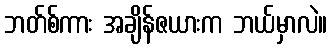
ဘတ်စ်ကား အချိန်ဇယားက ဘယ်မှာလဲ။